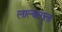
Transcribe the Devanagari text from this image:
लाल्बागला